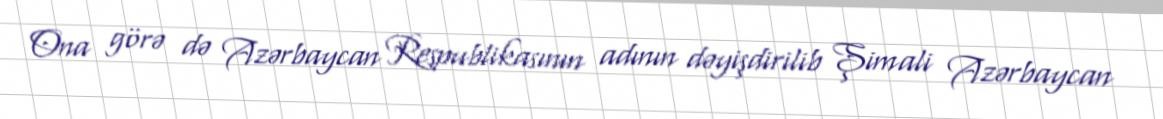
Ona görə də Azərbaycan Respublikasının adının dəyişdirilib Şimali Azərbaycan